Scientific memoirs by medical officers of the Army of India - Part VII,
Year: 1892
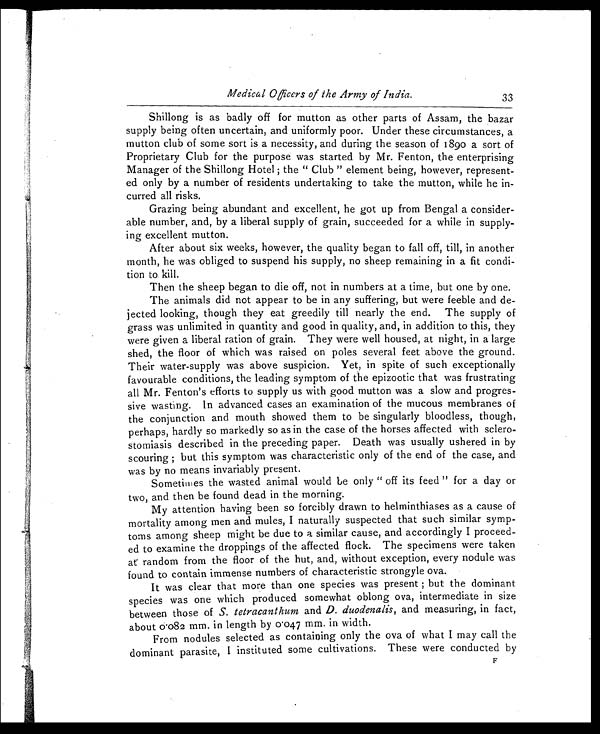
d
M Medical Officers of the Army of India.
33
Shillong is as badly off for mutton as other parts of Assam, the bazar
supply being often uncertain, and uniformly poor. Under these circumstances, a
mutton club of some sort is a necessity, and during the season of 1890 a sort of
Proprietary Club for the purpose was started by Mr. Fenton, the enterprising
Manager of the Shillong Hotel ; the " Club " element being, however, represent-
ed only by a number of residents undertaking to take the mutton, while he in-
curred all risks.
Grazing being abundant and excellent, he got up from Bengal a consider-
able number, and, by a liberal supply of grain, succeeded for a while in supply-
ing excellent mutton.
After about six weeks, however, the quality began to fall off, till, in another
month, he was obliged to suspend his supply, no sheep remaining in a fit condi-
tion to. kill.
Then the sheep began to die off, not in numbers at a time, but one by one.
The animals did not appear to be in any suffering, but were feeble and de-
jected looking, though they eat greedily till nearly the end. The supply of
grass was unlimited in quantity and good in quality, and, in addition to this, they
were given a liberal ration of grain. They were well housed, at night, in a large
shed, the floor of which was raised on poles several feet above the ground.
Their water-supply was above suspicion. Yet, in spite of such exceptionally
favourable conditions, the leading symptom of the epizootic that was frustrating
all Mr. Fenton's efforts to supply us with good mutton was a slow and progres-
sive wasting. In advanced cases an examination of the mucous membranes of
the conjunction and mouth showed them to be singularly bloodless, though,
perhaps, hardly so markedly so as in the case of the horses affected with sclero-
storniasis described in the preceding paper. Death was usually ushered in by
scouring ; but this symptom was characteristic only of the end of the case, and
was by no means invariably present.
Sometimes the wasted animal would Le only " off its feed " for a day or
two, and then be found dead in the morning.
My attention having been so forcibly drawn to helminthiases as a cause of
mortality among men and mules, I naturally suspected that such similar symp-
toms among sheep might be due to a similar cause, and accordingly I proceed-
ed to examine the droppings of the affected flock. The specimens were taken
at random from the floor of the hut, and, without exception, every nodule was
found to contain immense numbers of characteristic strongyle ova.
It was clear that more than one species was present ; but the dominant
species was one which produced somewhat oblong ova, intermediate in size
between those of S. tetracanthum and D. duodenalis, and measuring, in fact,
about 0.082 mm. in length by 0.047 mm. in width.
From nodules selected as containing only the ova of what I may call the
dominant parasite, I instituted some cultivations. These were conducted by